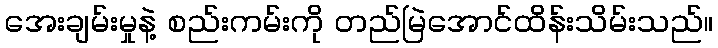
အေးချမ်းမှုနဲ့ စည်းကမ်းကို တည်မြဲအောင်ထိန်းသိမ်းသည်။